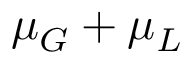
\mu _ { G } + \mu _ { L }